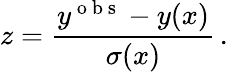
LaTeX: z=\frac{y^{\mathrm{~o~b~s~}}-y(x)}{\sigma(x)}\, .